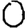
Digit: 0